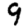
Digit: 9